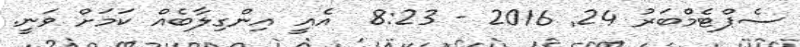
ސެޕްޓެމްބަރު 24